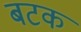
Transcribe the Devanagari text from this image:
बटक